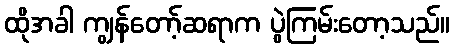
ထိုအခါ ကျွန်တော့်ဆရာက ပွဲကြမ်းတော့သည်။